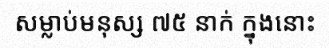
សម្លាប់មនុស្ស ៧៥ នាក់ ក្នុងនោះ